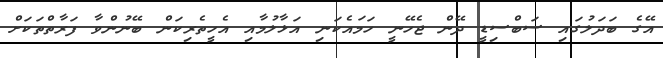
އޭގެ ބަދަލުގައި ސަބްސިޑީ ދޭން ޖެހޭނީ ހަމައެކަނި އަޅާލުމާއި އެހީތެރިކަން ބޭނުންވާ ފަރާތްތަކަށް